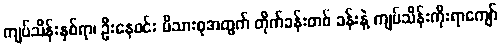
ကျပ်သိန်းနှစ်ရာ၊ ဦးနေဝင်း မိသားစုအတွက် တိုက်ခန်းတစ် ခန်းနဲ့ ကျပ်သိန်းကိုးရာကျော်